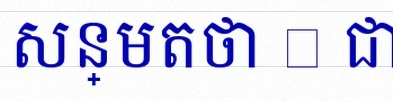
សន្មតថា x ជាចំនួនពិត